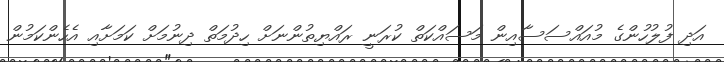
އަދި ފުލުހުންގެ މުއައްސަސާއިން މަސައްކަތް ކުރަނީ ރައްޔިތުންނަށް ހިދުމަތް ދިނުމަށް ކަމަށާއި އެހެންކަމުން